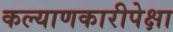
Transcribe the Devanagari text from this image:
कल्याणकारीपेक्षा